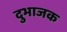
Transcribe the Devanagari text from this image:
दुभाजक